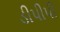
ડીપીપી